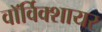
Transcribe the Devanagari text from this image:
वाॅर्विक्शायर